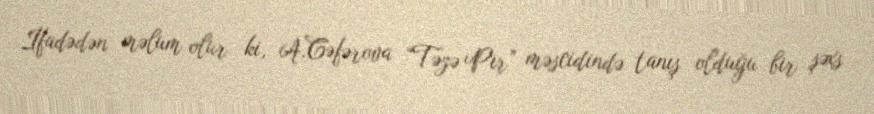
İfadədən məlum olur ki, A.Cəfərova “Təzə Pir” məscidində tanış olduğu bir şəxs